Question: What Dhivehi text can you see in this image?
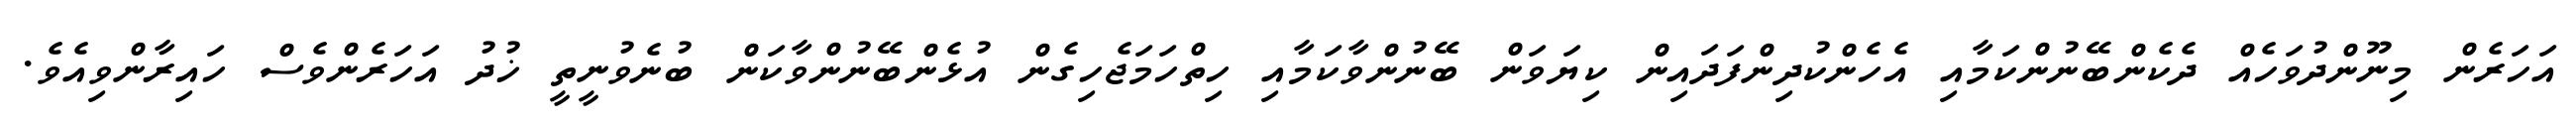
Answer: އަހަރެން މިނޫންދުވަހެއް ދެކެންބޭނުންކަމާއި އެހެންކުދިންފަދައިން ކިޔަވަން ބޭނުންވާކަމާއި ހިތްހަމަޖެހިގެން އުޅެންބޭނުންވާކަން ބުނެވުނީތީ ޚުދު އަހަރެންވެސް ހައިރާންވިއެވެ.